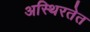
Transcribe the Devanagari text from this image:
अस्थिरतेत